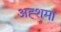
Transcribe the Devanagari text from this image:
अह्शमा